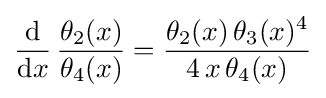
{\frac {\mathrm {d} }{\mathrm {d} x}}\,{\frac {\theta _{2}(x)}{\theta _{4}(x)}}={\frac {\theta _{2}(x)\,\theta _{3}(x)^{4}}{4\,x\,\theta _{4}(x)}}